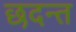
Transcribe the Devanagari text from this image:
छदन्त